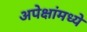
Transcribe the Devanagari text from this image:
अपेक्षांमध्ये